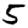
Digit: 5